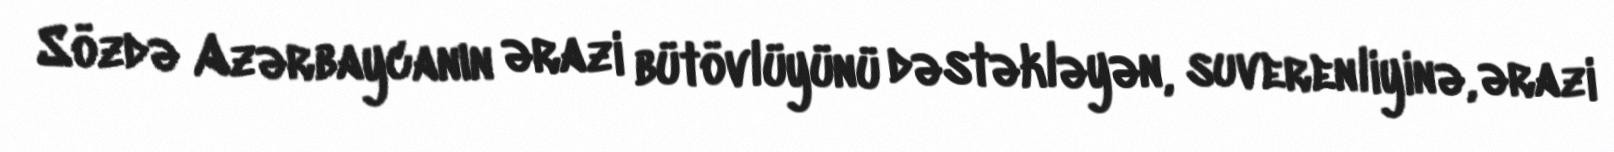
Sözdə Azərbaycanın ərazi bütövlüyünü dəstəkləyən, suverenliyinə, ərazi